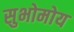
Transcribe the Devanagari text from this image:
सुभोमोय